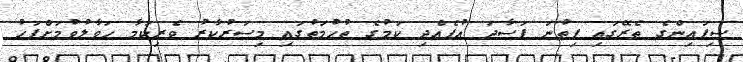
ސިފައިންގެ ތެރޭގައި ފިތުނަ ފަސާދަ އުފެއްދި ކަމުގެ ތުހުމަތުގައި މިސަރުކާރު ވެރިކަމާ ހަވާލުވުމަށްފަހު